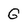
Character: G